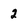
Character: 2